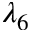
\lambda _ { 6 }